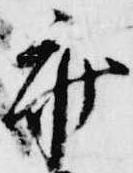
参